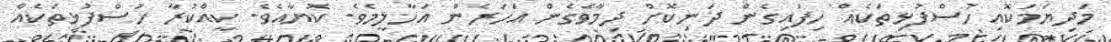
މަދިޔަމަކޮއި ހުސްފުޅިތަކެއް ހިފައިގެން ދަނިކޮށް ދިމާވެގެން އަހަރެން އަހާލީމެވެ. ކޮޔާއެވެ. ކީއްކުރާ ހުސްފުޅިތަކެއް